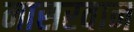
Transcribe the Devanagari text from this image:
नासरवान